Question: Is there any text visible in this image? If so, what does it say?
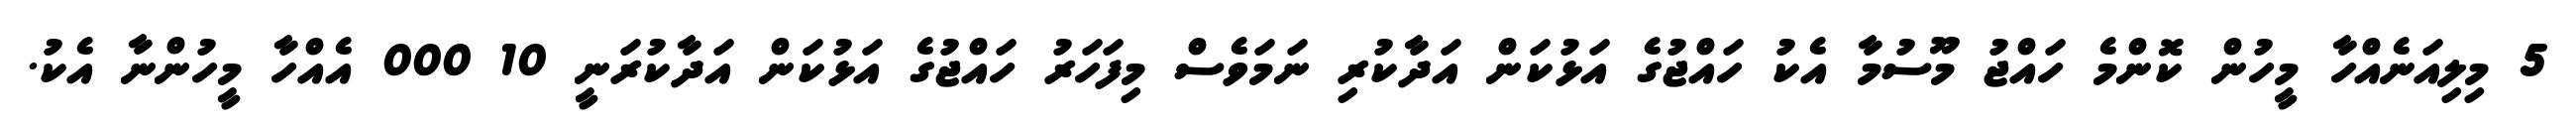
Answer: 5 މިލިއަނެއްހާ މީހުން ކޮންމެ ހައްޖު މޫސުމާ އެކު ހައްޖުގެ އަޅުކަން އަދާކުރި ނަމަވެސް މިފަހަރު ހައްޖުގެ އަޅުކަން އަދާކުރަނީ 10 000 އެއްހާ މީހުންނާ އެކު.